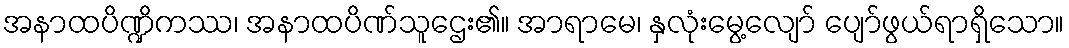
အနာထပိဏ္ဍိကဿ၊ အနာထပိဏ်သူဌေး၏။ အာရာမေ၊ နှလုံးမွေ့လျော် ပျော်ဖွယ်ရာရှိသော။